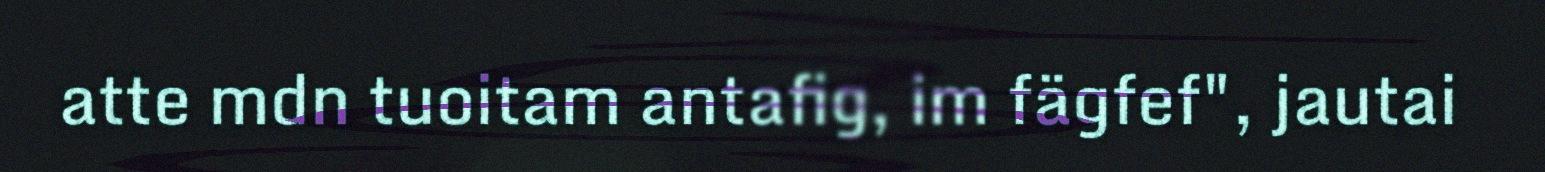
atte mdn tuoitam antafig, im fägfef", jautai